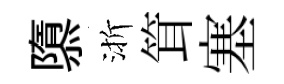
隳渐䇯塞